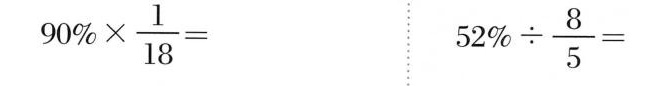
$$9 0% \times \frac { 1 } { 1 8 } =$$ $$5 2 % \times \frac { 8 } { 5 } =$$